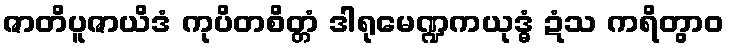
ဇာတိပူဇာယိဒံ ကုပိတစိတ္တံ ဒါရုမေဏ္ဍကယုဒ္ဓံ ဍံသ ကရိတွာဝ